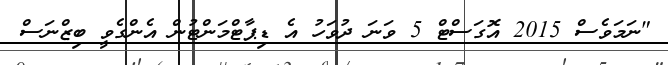
"ނަމަވެސް 2015 އޮގަސްޓް 5 ވަނަ ދުވަހު އެ ޑިޕާޓްމަންޓުން އެންގެވީ ބިޒްނަސް